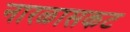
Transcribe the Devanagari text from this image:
नारळासकट